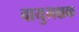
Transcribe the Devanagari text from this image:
वायुभक्षक